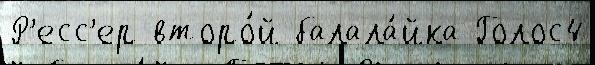
Р'есс'ер второ́й балала́йка Голос4